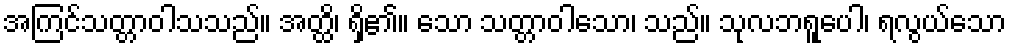
အကြင်သတ္တာဝါသသည်။ အတ္ထိ၊ ရှိ၏။ သော သတ္တာဝါသော၊ သည်။ သုလဘရူပေါ၊ ရလွယ်သော